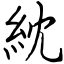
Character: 紞